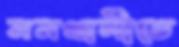
মনখালীতে